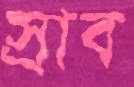
স্রাব